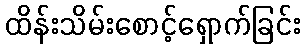
ထိန်းသိမ်းစောင့်ရှောက်ခြင်း